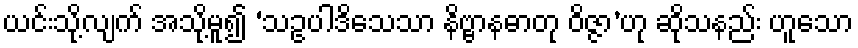
ယင်းသို့လျက် အသို့မူ၍ ‘သဥပါဒိသေသာ နိဗ္ဗာနဓာတု ဝိဇ္ဇာ’ဟု ဆိုသနည်း ဟူသော